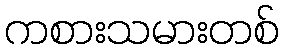
ကစားသမားတစ်